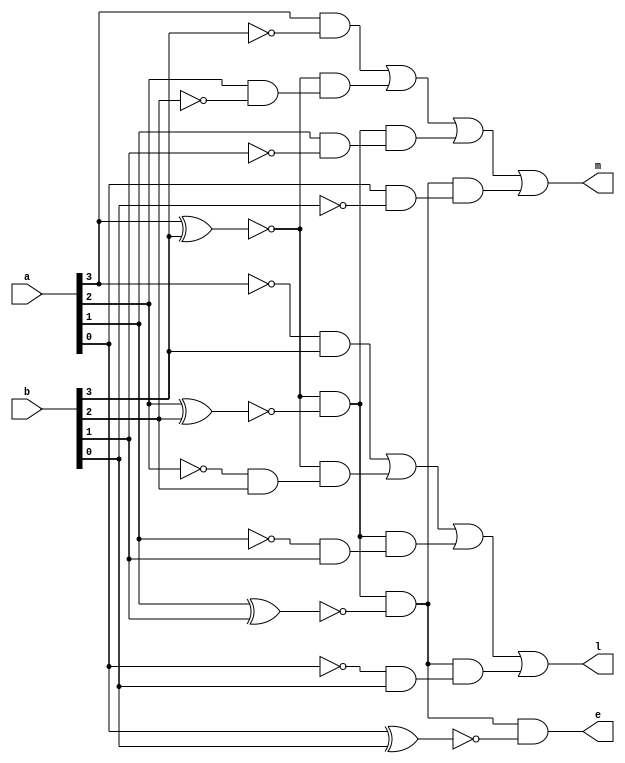
`timescale 1ns / 1ps


module FourBitComp(a,b,l,e,m);
	input [3:0] a,b;
	output l,e,m;
	wire [11:0] w;
	
	and (w[0],a[3],~b[3]);
	and (w[1],~a[3],b[3]);
	xnor (w[2],a[3], b[3]);
	
	and (w[3],a[2],~b[2]);
	and (w[4],~a[2],b[2]);
	xnor (w[5],a[2], b[2]);
	
	and (w[6],a[1],~b[1]);
	and (w[7],~a[1],b[1]);
	xnor (w[8],a[1], b[1]);
	
	and (w[9],a[0],~b[0]);
	and (w[10],~a[0],b[0]);
	xnor (w[11],a[0], b[0]);
	
	//A>B
	or (m,w[0],w[2]&w[3],w[2]&w[5]&w[6],w[2]&w[5]&w[8]&w[9]);
	
	//A=B
	and(e,w[2],w[5],w[8],w[11]);
	
	//A>B
	or (l,w[1],w[2]&w[4],w[2]&w[5]&w[7],w[2]&w[5]&w[8]&w[10]);

endmodule